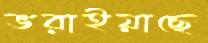
ভরাইয়াছে